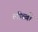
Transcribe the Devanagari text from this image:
लीब्बी